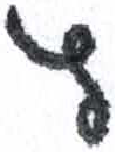
אות: ץ